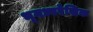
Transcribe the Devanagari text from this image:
भूमध्यरेखिक